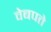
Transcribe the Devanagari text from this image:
वेबपते